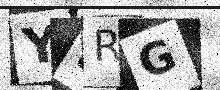
Text: Y5RG